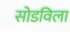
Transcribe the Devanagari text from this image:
सोडविला